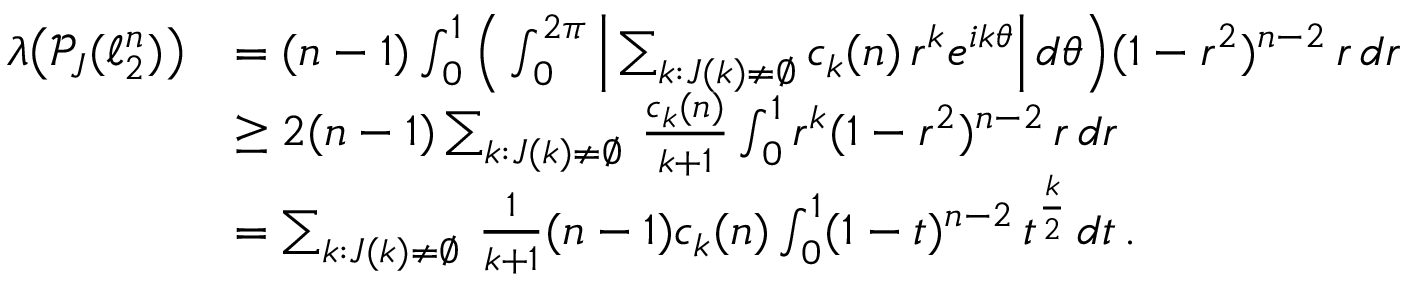
\begin{array} { r l } { \boldsymbol { \lambda } \big ( \mathcal { P } _ { J } ( \ell _ { 2 } ^ { n } ) \big ) } & { = ( n - 1 ) \int _ { 0 } ^ { 1 } \Big ( \int _ { 0 } ^ { 2 \pi } \Big | \sum _ { k : J ( k ) \neq \emptyset } c _ { k } ( n ) \, r ^ { k } e ^ { i k \theta } \Big | \, d \theta \Big ) ( 1 - r ^ { 2 } ) ^ { n - 2 } \, r \, d r } \\ & { \geq 2 ( n - 1 ) \sum _ { k : J ( k ) \neq \emptyset } \, \frac { c _ { k } ( n ) } { k + 1 } \int _ { 0 } ^ { 1 } r ^ { k } ( 1 - r ^ { 2 } ) ^ { n - 2 } \, r \, d r } \\ & { = \sum _ { k : J ( k ) \neq \emptyset } \, \frac { 1 } { k + 1 } ( n - 1 ) c _ { k } ( n ) \int _ { 0 } ^ { 1 } ( 1 - t ) ^ { n - 2 } \, t ^ { \frac { k } { 2 } } \, d t \, . } \end{array}